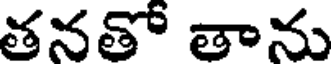
తనతో తాను